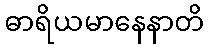
ဓာရိယမာနေနာတိ